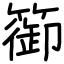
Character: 篽